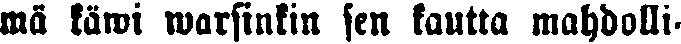
mä käwi warsinkin sen kautta mahdolli-